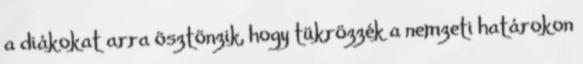
a diákokat arra ösztönzik, hogy tükrözzék a nemzeti határokon